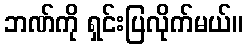
ဘဏ်ကို ရှင်းပြလိုက်မယ်။